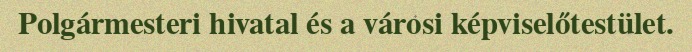
Polgármesteri hivatal és a városi képviselőtestület.